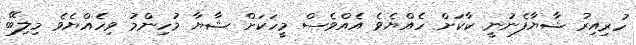
ހުރިއިރު ޝާޔާފެނުނީ ކާކަށް ހެއްޔެވެ އެއްވެސް މީހަކަށް ޝާޔާ މުހިންމު ވިހެއްޔެވެ މިލިބޭ